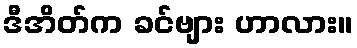
ဒီအိတ်က ခင်ဗျား ဟာလား။